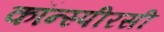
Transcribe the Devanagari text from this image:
कॉन्स्पीरसी